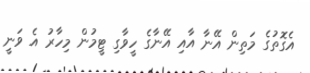
އެގޮތުގެ މަތިން އޭނާ އާއި އޭނާގެ ހީވާގި ޓީމުން މިހާރު އެ ވަނީ